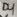
Text: D4